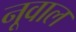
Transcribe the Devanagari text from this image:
नूवाल